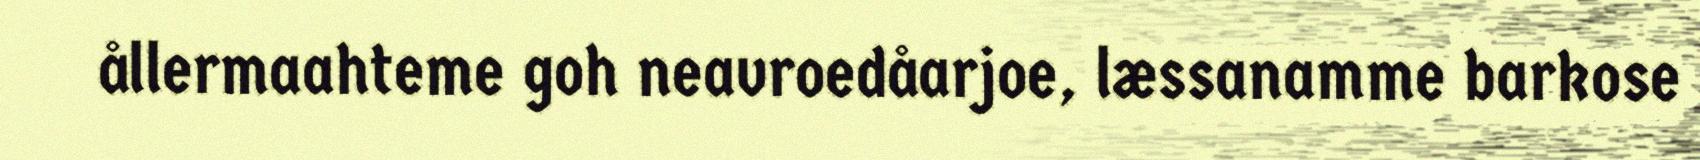
ållermaahteme goh neavroedåarjoe, læssanamme barkose